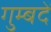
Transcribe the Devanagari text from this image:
गुम्बदें